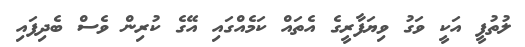
ލުތުފީ އަކީ ވަގު ވިޔަފާރީގެ އެތައް ކަމެއްގައި އޭގެ ކުރިން ވެސް ބެދިފައި